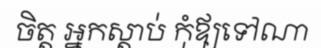
ចិត្ត អ្នកស្តាប់ កុំឪ្យទៅណា